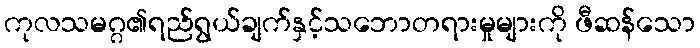
ကုလသမဂ္ဂ၏ရည်ရွယ်ချက်နှင့်သဘောတရားမှုများကို ဖီဆန်သော